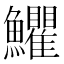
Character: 𩽩